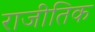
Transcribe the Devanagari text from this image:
राजीतिक